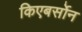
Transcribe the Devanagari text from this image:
किएबर्सोन